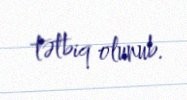
tətbiq olunub.